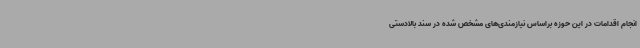
انجام اقدامات در این حوزه براساس نیازمندی‌های مشخص شده در سند بالادستی